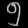
Digit: ၅